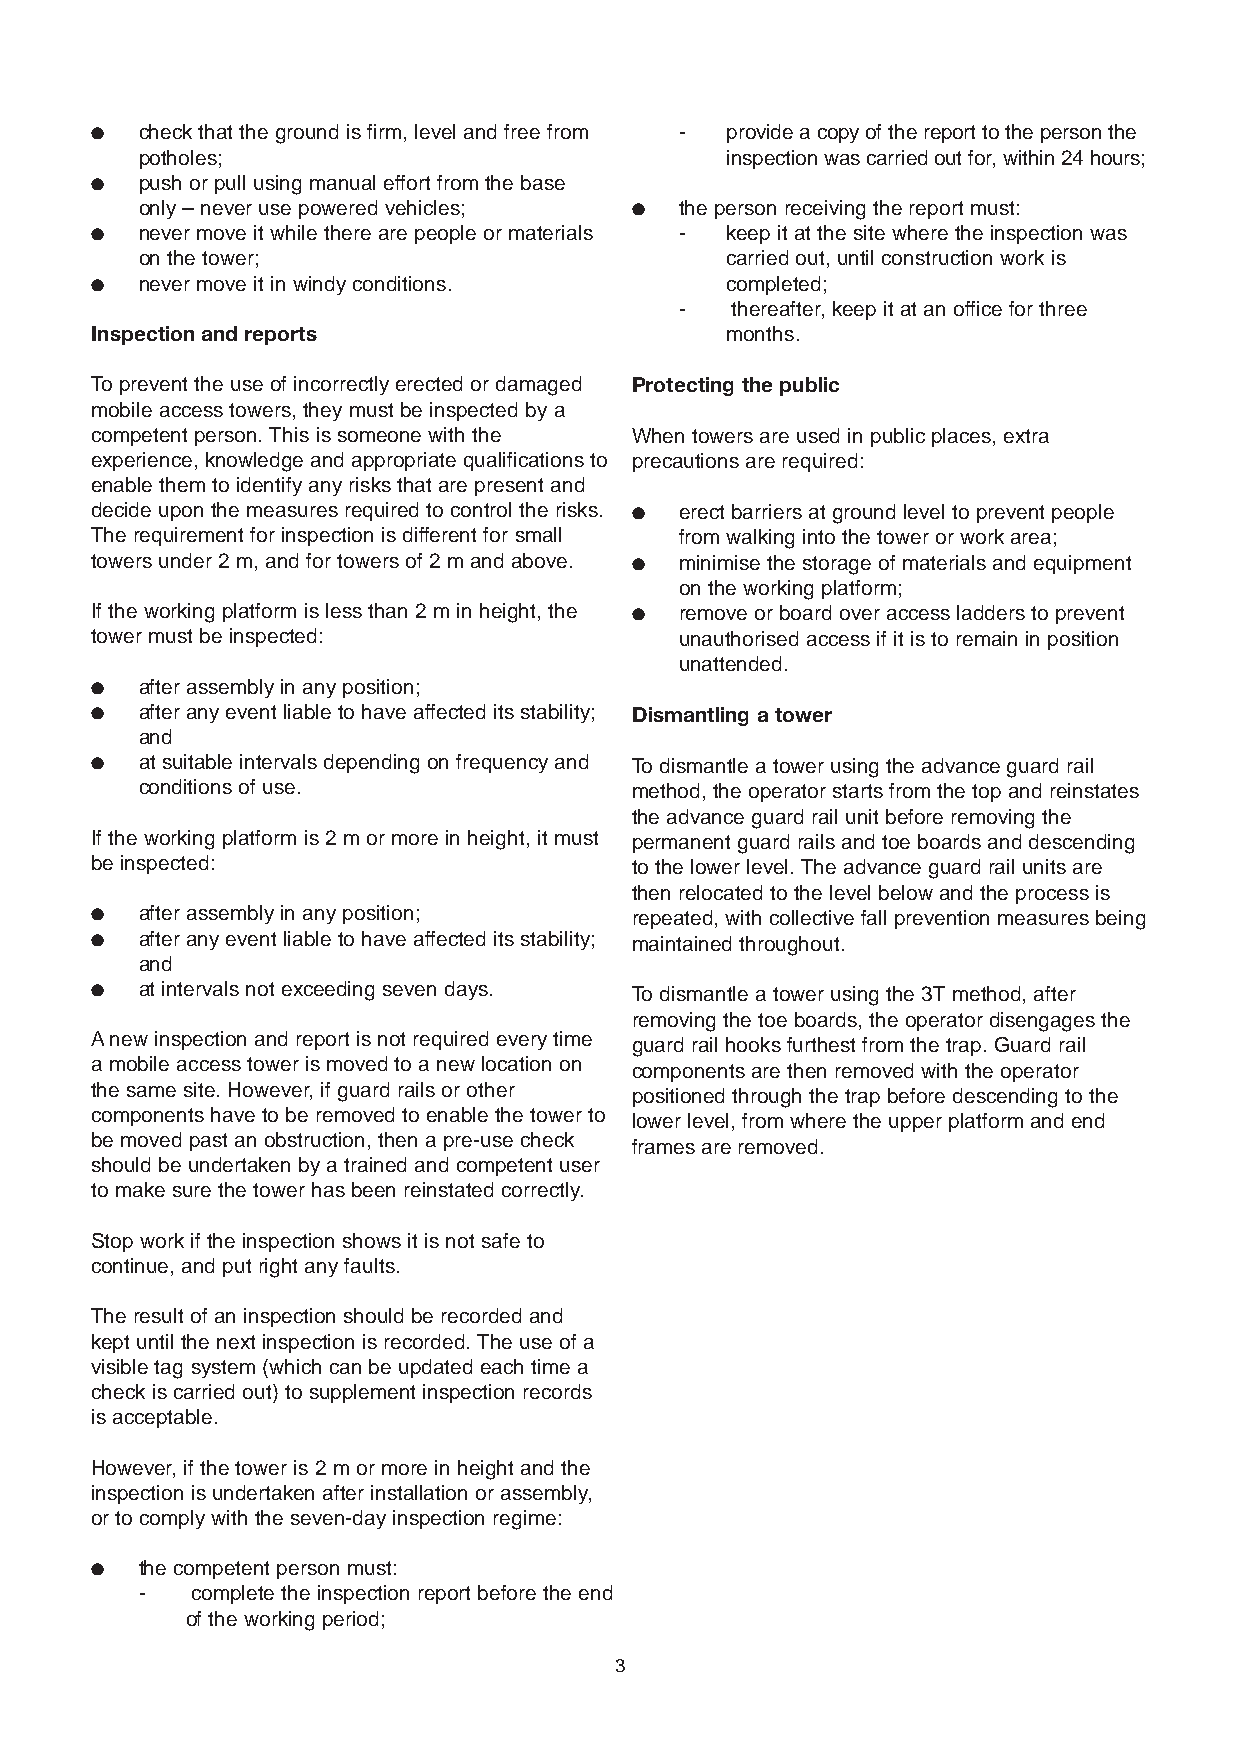
●  check that the ground is firm, level and free from - provide a copy of the report to the person the
 potholes;                              inspection was carried out for, within 24 hours;
 ●  push or pull using manual effort from the base
 only – never use powered vehicles; ● the person receiving the report must:
 ●  never move it while there are people or materials - keep it at the site where the inspection was
 on the tower;                          carried out, until construction work is
 ●  never move it in windy conditions.     completed;
 -  thereafter, keep it at an office for three
 Inspection and reports                    months.
 To prevent the use of incorrectly erected or damaged Protecting the public
 mobile access towers, they must be inspected by a
 competent person. This is someone with the When towers are used in public places, extra
 experience, knowledge and appropriate qualifications to precautions are required:
 enable them to identify any risks that are present and
 decide upon the measures required to control the risks. ● erect barriers at ground level to prevent people
 The requirement for inspection is different for small from walking into the tower or work area;
 towers under 2 m, and for towers of 2 m and above. ● minimise the storage of materials and equipment
 on the working platform;
 If the working platform is less than 2 m in height, the ● remove or board over access ladders to prevent
 tower must be inspected:               unauthorised access if it is to remain in position
 unattended.
 ●  after assembly in any position;
 ●  after any event liable to have affected its stability; Dismantling a tower
 and
 ●  at suitable intervals depending on frequency and To dismantle a tower using the advance guard rail
 conditions of use.               method, the operator starts from the top and reinstates
 the advance guard rail unit before removing the
 If the working platform is 2 m or more in height, it must permanent guard rails and toe boards and descending
 be inspected:                       to the lower level. The advance guard rail units are
 then relocated to the level below and the process is
 ●  after assembly in any position;  repeated, with collective fall prevention measures being
 ●  after any event liable to have affected its stability; maintained throughout.
 and
 ●  at intervals not exceeding seven days. To dismantle a tower using the 3T method, after
 removing the toe boards, the operator disengages the
 A new inspection and report is not required every time guard rail hooks furthest from the trap. Guard rail
 a mobile access tower is moved to a new location on components are then removed with the operator
 the same site. However, if guard rails or other positioned through the trap before descending to the
 components have to be removed to enable the tower to
 lower level, from where the upper platform and end
 be moved past an obstruction, then a pre-use check
 frames are removed.
 should be undertaken by a trained and competent user
 to make sure the tower has been reinstated correctly.
 Stop work if the inspection shows it is not safe to
 continue, and put right any faults.
 The result of an inspection should be recorded and
 kept until the next inspection is recorded. The use of a
 visible tag system (which can be updated each time a
 check is carried out) to supplement inspection records
 is acceptable.
 However, if the tower is 2 m or more in height and the
 inspection is undertaken after installation or assembly,
 or to comply with the seven-day inspection regime:
 ●  the competent person must:
 -  complete the inspection report before the end
 of the working period;
 3